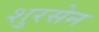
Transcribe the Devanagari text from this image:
शुरसेन